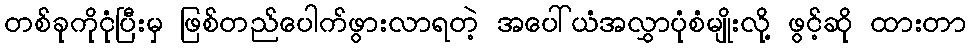
တစ်ခုကိုငုံပြီးမှ ဖြစ်တည်ပေါက်ဖွားလာရတဲ့ အပေါ်ယံအလွှာပုံစံမျိုးလို့ ဖွင့်ဆို ထားတာ